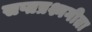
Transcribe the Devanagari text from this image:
सप्तप्रश्नगीता